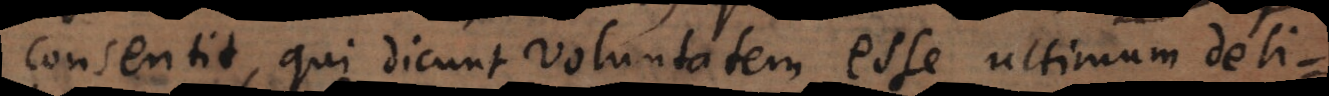
consentit, qui dicunt Voluntatem esse ultimum delibe